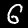
Label: 6